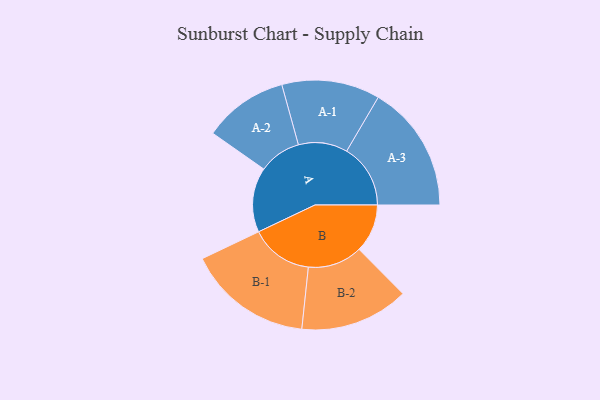
{"axis": {"x": "Segment", "y": "Value"}, "legend": ["", "A", "B"], "data": [{"x": "A", "y": 277, "type": ""}, {"x": "B", "y": 207, "type": ""}, {"x": "A-1", "y": 210, "type": "A"}, {"x": "A-2", "y": 181, "type": "A"}, {"x": "A-3", "y": 273, "type": "A"}, {"x": "B-1", "y": 268, "type": "B"}, {"x": "B-2", "y": 233, "type": "B"}]}